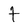
Character: t